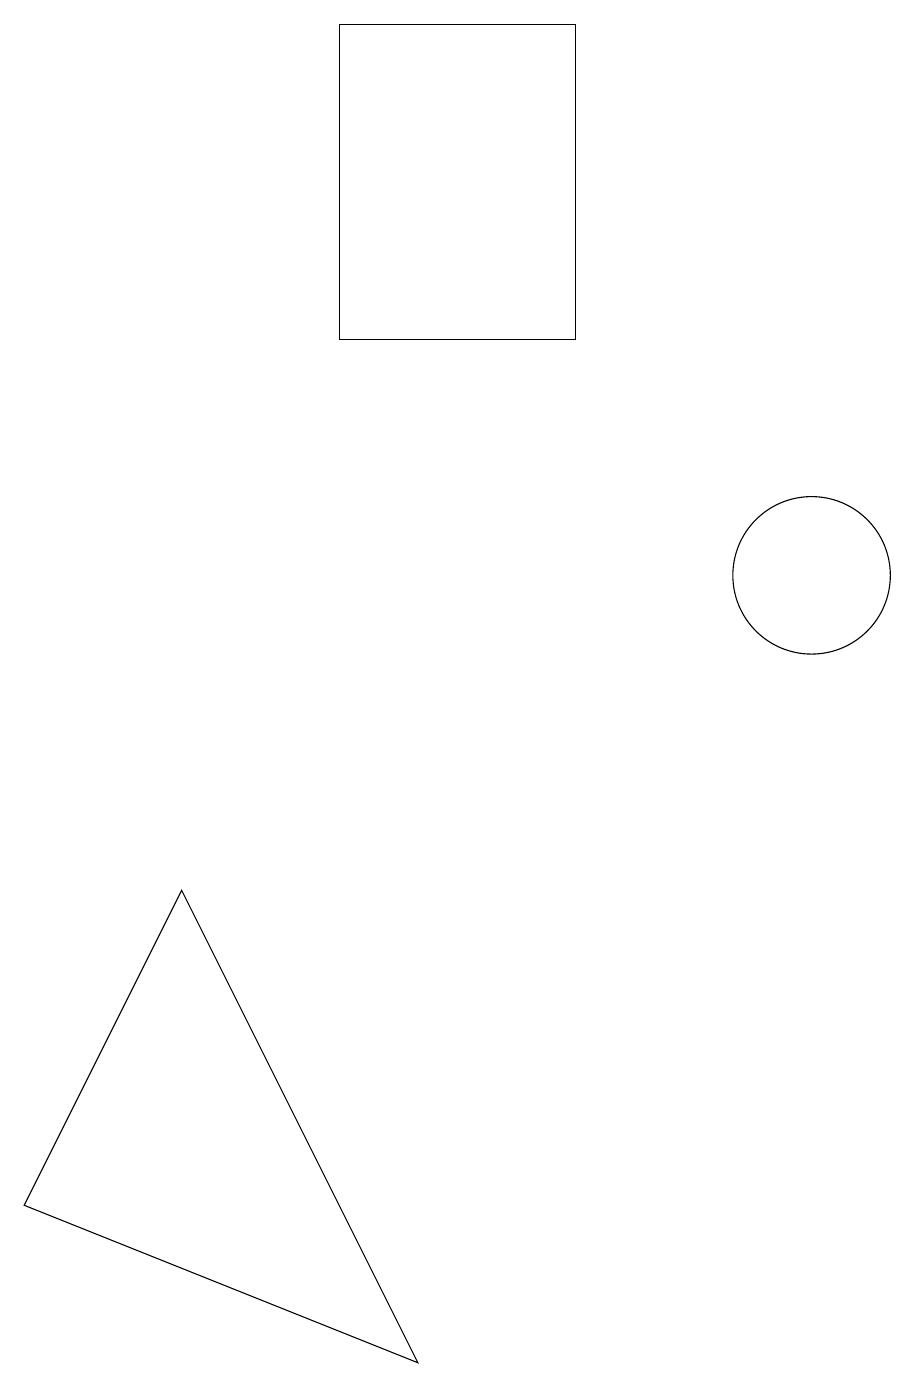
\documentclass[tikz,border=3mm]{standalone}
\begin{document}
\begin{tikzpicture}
\draw (11,12) circle (1);
\draw (1,4) -- (3,8) -- (6,2) -- cycle;
\draw (8,15) rectangle (5,19);
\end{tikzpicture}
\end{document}